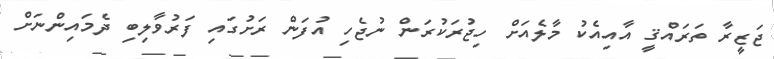
ޖަޒީރާ ތަރައްޤީ އާއިއެކު މާލެއަށް ހިޖުރަކުރަން ނުޖެހި އުފަން ރަށުގައި ފަރުވާލިބި ދެމައިންނަށް